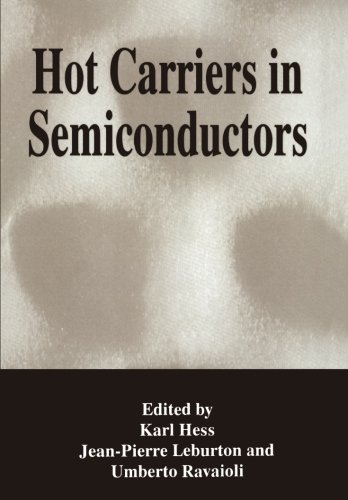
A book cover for Hot Carriers in Semiconductors; Science & Math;